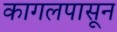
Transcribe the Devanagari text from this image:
कागलपासून